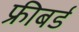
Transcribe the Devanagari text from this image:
फ्रीबर्ड